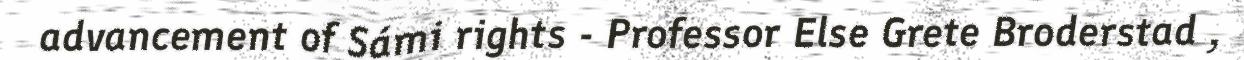
advancement of Sámi rights - Professor Else Grete Broderstad ,